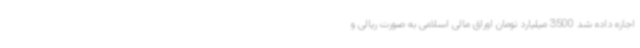
اجازه داده شد 3500 میلیارد تومان اوراق مالی اسلامی به صورت ریالی و